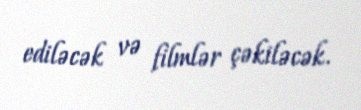
ediləcək və filmlər çəkiləcək.